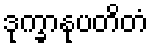
ဒုက္ခာနုပတိတံ